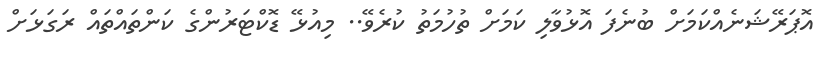
އޮޕަރޭޝަނެއްކަމަށް ބުނެފަ އޮޅުވާލި ކަމަށް ތުހުމަތު ކުރެވޭ.. މިއުޅޭ ޑޮކްޓަރުންގެ ކަންތައްތައް ރަގަޅަށް